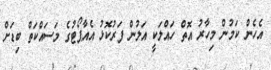
އެހެން ކަމުން މިހާރު އޮތް ހައްލަކީ އަލުން ފަރުކޮޅު އެއާޕޯޓުގެ މަސައްކަތް ބިޑަށް